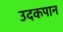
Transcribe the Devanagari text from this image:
उदकपान